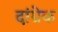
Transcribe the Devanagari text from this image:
दांग्रेक